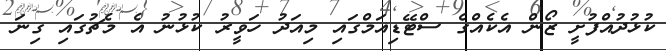
ކުޅުދުއްފުށީ ޒޯން އެކެއްގެ ސްޓޭޑިއަމްގައި މިއަދު ހަވީރު ކުޅުނު އެ މެޗުގައި ގިނަ